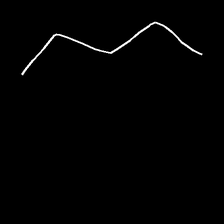
Glyph: crush